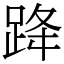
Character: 跭